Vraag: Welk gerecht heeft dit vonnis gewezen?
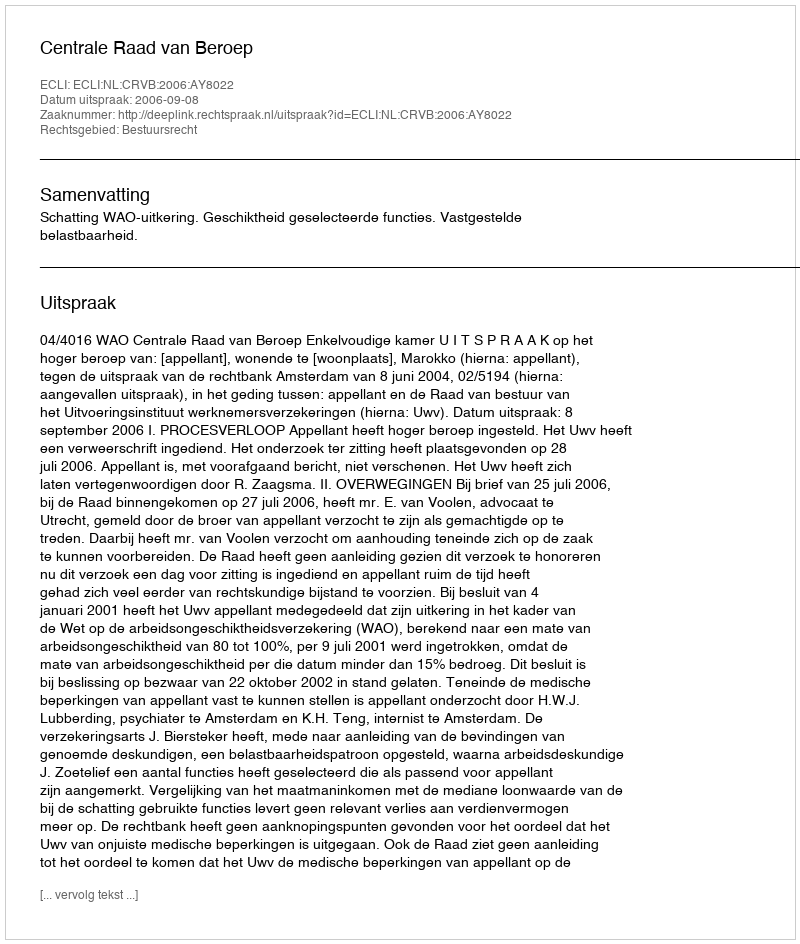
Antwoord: Centrale Raad van Beroep